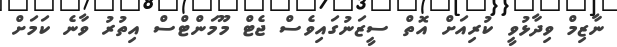
ނާޒިމް ވިދާޅުވީ ކުރިއަށް އޮތް ސީޒަނުގައިވެސް ޖެޓް މޫމަންޓްސް އިތުރު ވާނެ ކަމަށް